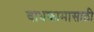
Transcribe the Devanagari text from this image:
बाधकामासाठी